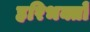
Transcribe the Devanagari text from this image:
हरिभक्तों